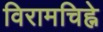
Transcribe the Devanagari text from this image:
विरामचिह्ने